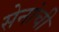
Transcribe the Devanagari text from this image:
सेनांची